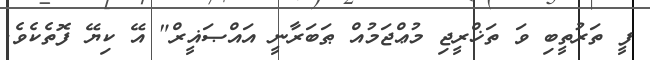
ފީ ތަރުތީބި ވަ ތަޚްރީޖި މުޢްޖަމުއް ޠަބަރާނީ އައްޞަޣީރް" އޭ ކިޔޭ ފޮތެކެވެ.